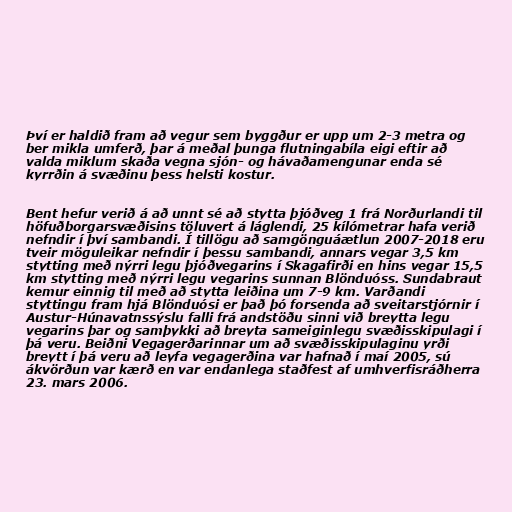
Því er haldið fram að vegur sem byggður er upp um 2-3 metra og
ber mikla umferð, þar á meðal þunga flutningabíla eigi eftir að
valda miklum skaða vegna sjón- og hávaðamengunar enda sé
kyrrðin á svæðinu þess helsti kostur.

Bent hefur verið á að unnt sé að stytta þjóðveg 1 frá Norðurlandi til
höfuðborgarsvæðisins töluvert á láglendi, 25 kílómetrar hafa verið
nefndir í því sambandi. Í tillögu að samgönguáætlun 2007-2018 eru
tveir möguleikar nefndir í þessu sambandi, annars vegar 3,5 km
stytting með nýrri legu þjóðvegarins í Skagafirði en hins vegar 15,5
km stytting með nýrri legu vegarins sunnan Blönduóss. Sundabraut
kemur einnig til með að stytta leiðina um 7-9 km. Varðandi
styttingu fram hjá Blönduósi er það þó forsenda að sveitarstjórnir í
Austur-Húnavatnssýslu falli frá andstöðu sinni við breytta legu
vegarins þar og samþykki að breyta sameiginlegu svæðisskipulagi í
þá veru. Beiðni Vegagerðarinnar um að svæðisskipulaginu yrði
breytt í þá veru að leyfa vegagerðina var hafnað í maí 2005, sú
ákvörðun var kærð en var endanlega staðfest af umhverfisráðherra
23. mars 2006.